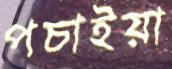
পচাইয়া